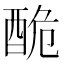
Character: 𨠥